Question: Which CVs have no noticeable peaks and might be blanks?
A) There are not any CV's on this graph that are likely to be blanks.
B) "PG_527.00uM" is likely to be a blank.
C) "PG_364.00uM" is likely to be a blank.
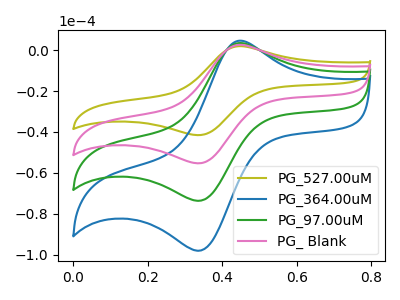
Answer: <think>The olive curve "PG_527.00uM" has an anodic peak at (0.45V, 1.90uA) and a cathodic peak at (0.35V, -41.55uA). The blue curve "PG_364.00uM" has an anodic peak at (0.45V, 7.65uA) and a cathodic peak at (0.35V, -166.00uA). The green curve "PG_97.00uM" has an anodic peak at (0.45V, 5.10uA) and a cathodic peak at (0.35V, -110.65uA). The pink curve "PG_ Blank" has an anodic peak at (0.45V, 2.55uA) and a cathodic peak at (0.35V, -55.35uA).</think>
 <answer>A) There are not any CV's on this graph that are likely to be blanks.</answer>
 <eval>A</eval>